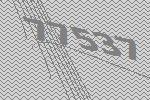
77537